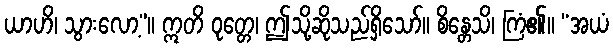
ယာဟိ၊ သွားလော့”။ ဣတိ ဝုတ္တေ၊ ဤသို့ဆိုသည်ရှိသော်။ စိန္တေသိ၊ ကြံ၏။ “အယံ